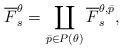
LaTeX: \begin{align*}\overline F_{s}^{\theta} = \coprod _{\bar p\in P(\theta)} \overline F_s^{\theta ,\bar p},\end{align*}